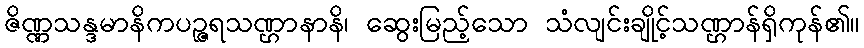
ဇိဏ္ဏသန္ဒမာနိကပဉ္ဇရသဏ္ဌာနာနိ၊ ဆွေးမြည့်သော သံလျင်းချိုင့်သဏ္ဌာန်ရှိကုန်၏။